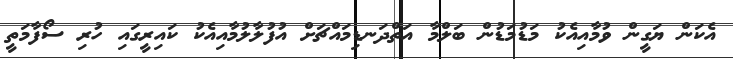
އެކަން ޔަގީން ވުމާއިއެކު މަޑުމަޑުން ބަލްމާ އަތްދަނޑިމައްޗަށް އުފުލާލުމާއިއެކު ކައިރީގައި ހުރި ސޯފާމަތީ